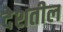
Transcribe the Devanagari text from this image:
देशतील